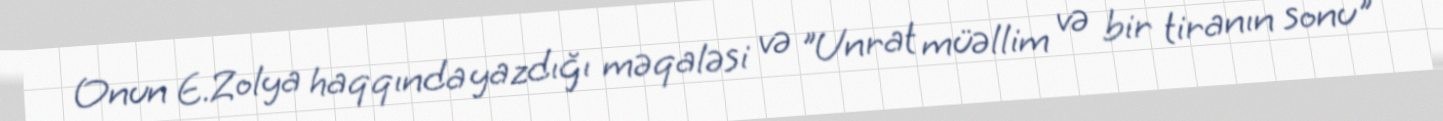
Onun E.Zolya haqqında yazdığı məqaləsi və "Unrat müəllim və bir tiranın sonu"